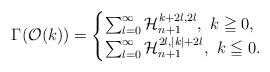
LaTeX: \begin{align*}\Gamma(\mathcal O(k))=\begin{cases}\sum_{l=0}^{\infty} \mathcal H_{n+1}^{k+2l,2l}, \,\,k \geqq 0, \\\sum_{l=0}^{\infty} \mathcal H_{n+1}^{2l,|k|+2l}, \,\,k \leqq 0.\end{cases}\end{align*}